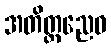
အတိတ္တညေဝ